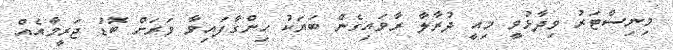
މިނިސްޓަރު ވިދާޅުވީ މިއީ ދުރާލާ ރާވައިގެން ބަޔަކު ހިންގާފައިވާ ވަަރަށް ބޮޑު ޖަރީމާއެއް